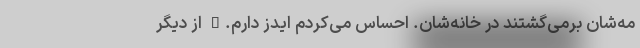
مه‌شان برمی‌گشتند در خانه‌شان. احساس می‌کردم ایدز دارم." از دیگر